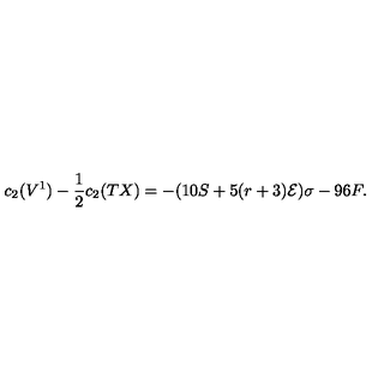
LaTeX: c _ { 2 } ( V ^ { 1 } ) - \frac { 1 } { 2 } c _ { 2 } ( T X ) = - ( 1 0 S + 5 ( r + 3 ) { \cal { E } } ) \sigma - 9 6 F .